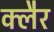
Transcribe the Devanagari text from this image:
क्लैर